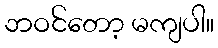
ဘဝင်တော့ မကျပါ။